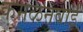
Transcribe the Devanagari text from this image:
कमळनबाई